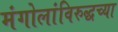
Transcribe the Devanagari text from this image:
मंगोलांविरुद्धच्या